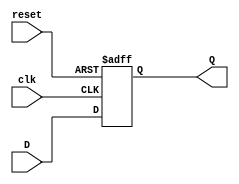
module DFF (
  input D, // Data input
  input clk, // Clock input
  input reset, // Reset input
  output reg Q // Data output
);

always @(posedge clk or posedge reset)
begin
  if (reset)
    Q <= 1'b0; // Reset the stored data to 0
  else
    Q <= D; // Store the data input when clock signal is rising edge
end

endmodule